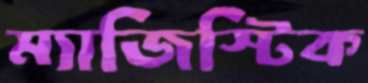
ম্যাজিস্টিক